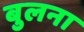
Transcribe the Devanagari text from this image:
बुलना